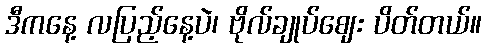
ဒီကနေ့ လပြည့်နေ့ပဲ၊ ဗိုလ်ချုပ်ဈေး ပိတ်တယ်။